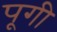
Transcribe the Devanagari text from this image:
पूगी